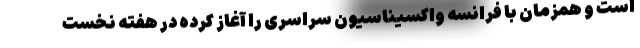
است و همزمان با فرانسه واکسیناسیون سراسری را آغاز کرده در هفته نخست